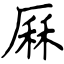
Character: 厤